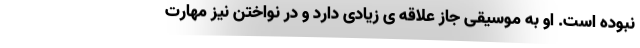
نبوده است. او به موسیقی جاز علاقه ی زیادی دارد و در نواختن نیز مهارت